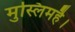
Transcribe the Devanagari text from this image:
मुस्लिमहै।